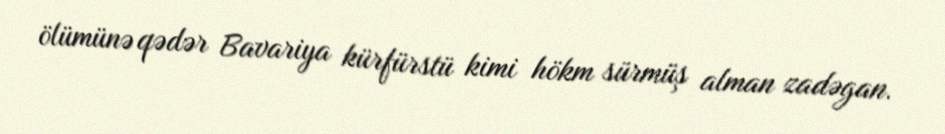
ölümünə qədər Bavariya kürfürstü kimi hökm sürmüş alman zadəgan.